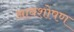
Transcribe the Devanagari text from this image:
आवशोषण